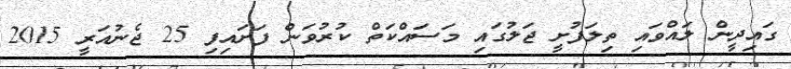
ގައިދީން ލައްވައި ތިލަފުށީ ޖަލުގައި މަސައްކަތް ކުރުވަން ފަށައިފި 25 ޖެނުއަރީ 2015